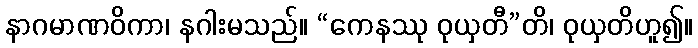
နာဂမာဏဝိကာ၊ နဂါးမသည်။ “ကေနဿု ဝုယှတီ”တိ၊ ဝုယှတိဟူ၍။